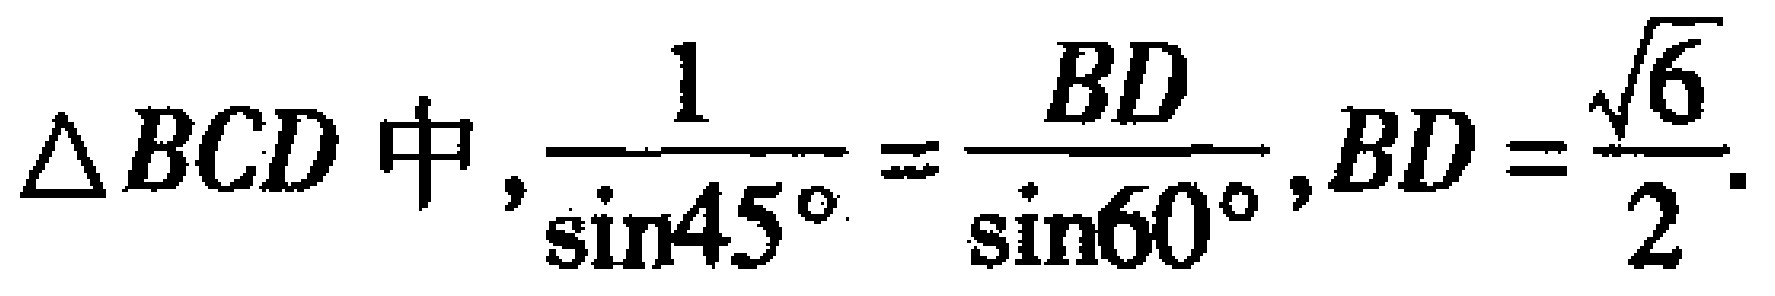
$\triangle BCD\text{ 中},\frac{1}{\sin45^{\circ}}=\frac{BD}{\sin60^{\circ}},BD = \frac{\sqrt{6}}{2}.$